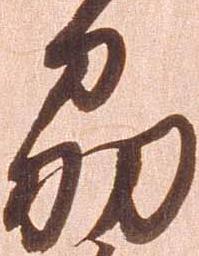
州